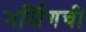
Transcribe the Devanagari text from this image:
नर्सिगची